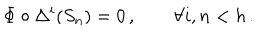
LaTeX: \Phi \circ \Delta ^ { i } ( S _ { n } ) = 0 \, , \qquad \forall i , n < h \, .